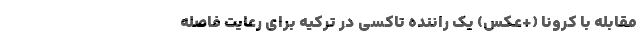
مقابله با کرونا (+عکس) یک راننده تاکسی در ترکیه برای رعایت فاصله